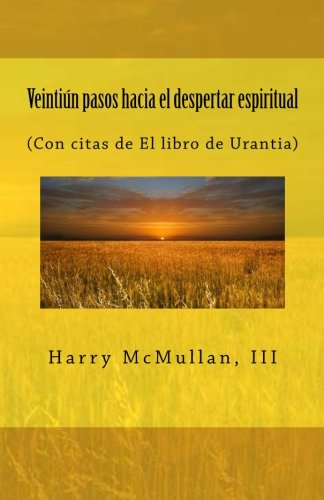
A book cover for VeintiÃºn pasos hacia el despertar espiritual: (Con citas de El libro de Urantia) (Spanish Edition); ÃEngel F. SÃ¡nchez-Escobar; Religion & Spirituality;